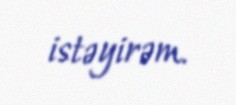
istəyirəm.